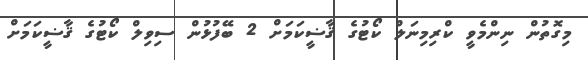
މިގޮތުން ނިންމެވީ ކްރިމިނަލް ކޯޓުގެ ޤާާޟީކަމަށް 2 ބޭފުޅުން ސިވިލް ކޯޓުގެ ޤާޟީކަމަށް